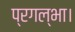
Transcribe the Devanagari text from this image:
प्रगल्भा।